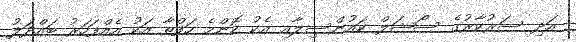
އަދި ސަރުކާރުގެ ސޯޝަލް ކައުންސިލާއި އެކު ކޮންމެ ހަފްތާ އަކު އެއްފަހަރު ބައްދަލު